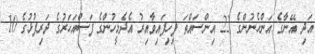
އަދި އޭނާގެ އަންހެނުންގެ 22 އިންސައްތަ ފިހިފައިވާއިރު އެދެމީހުންގެ ފަސްއަހަރުގެ ދަރިފުޅުގެ 10